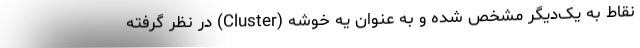
نقاط به یک‌دیگر مشخص شده و به عنوان یه خوشه (Cluster) در نظر گرفته